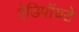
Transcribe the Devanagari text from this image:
ऐडिपॉयटे